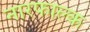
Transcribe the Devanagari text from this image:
नारफाल्क